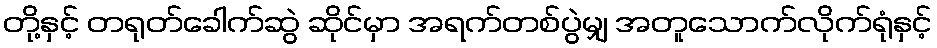
တို့နှင့် တရုတ်ခေါက်ဆွဲ ဆိုင်မှာ အရက်တစ်ပွဲမျှ အတူသောက်လိုက်ရုံနှင့်